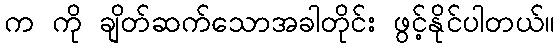
က ကို ချိတ်ဆက်သောအခါတိုင်း ဖွင့်နိုင်ပါတယ်။